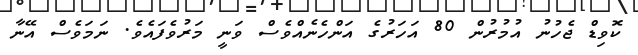
ކޮވިޑް ޖެހުނު އުމުރުން 80 އަހަރުގެ އަންހެނެއްވެސް ވަނީ މަރުވެފައެވެ. ނަމަވެސް އޭނާ